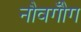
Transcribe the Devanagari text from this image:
नौवगौँग